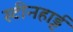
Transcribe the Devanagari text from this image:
स्टीनहार्ड्ट